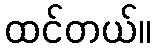
ထင်တယ်။